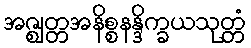
အဇ္ဈတ္တအနိစ္စနန္ဒိက္ခယသုတ္တံ